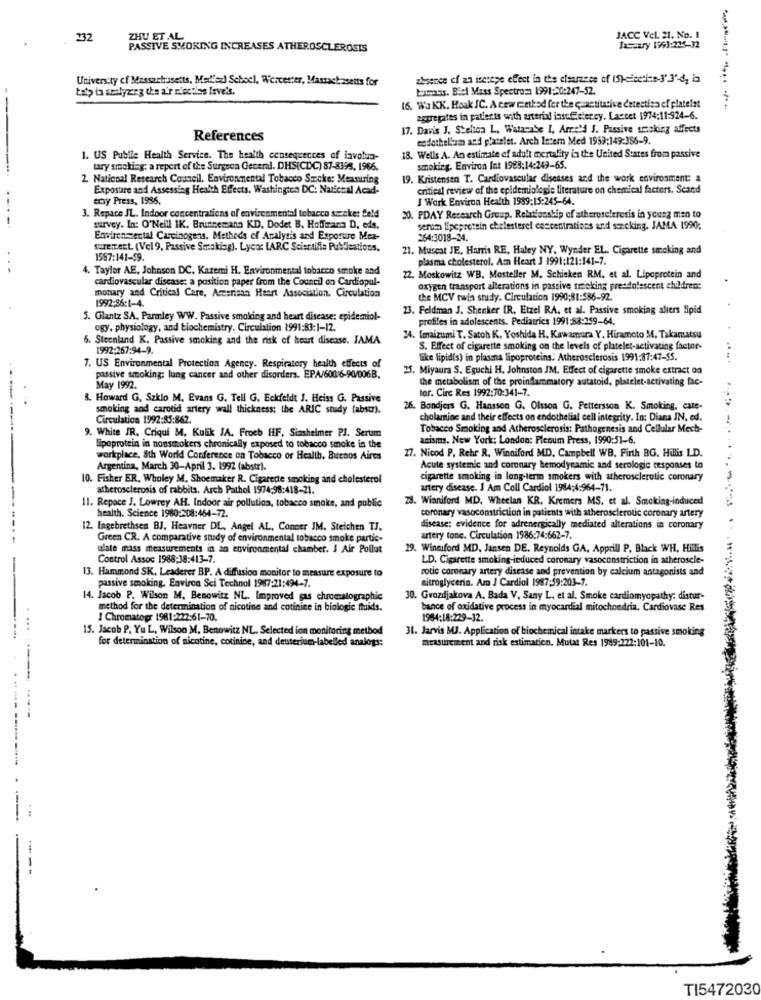
232
ZHU ET AL
JACC VeL 21. No. 1
PASSIVE SMOKING INCREASES ATHEROSCLEROSIS
Jascary 1993:225-32
University of Massactrasetts, Medisz] School, Worcester, Massachusetts for
absence of aa icctepe effect in the clearance of (S)-einei-a-3'3'-d, in
Łaty to analyzing the a'r niectlas leve's.
Laumans. Biel Mass Spectrom 1991:20:247-52.
16. Wa KK. Hoak IC. A cew method for the -setitative detectisa ef plateist
aggregates in patients with arterial insuffeiercy. Laccet 1974:11:924-6.
17. Davis J. Stelton L, Watanabe I, Arre'd J. Passive smoking affects
References
endothellam and platelet. Arch Intern Med 1939:149:386-9.
1. US Publie Health Service. The health consequences of lavolun-
18. Wells A. An estimate of adult mortality in the United States from passive
tary smoking; a repert of the Surgeon General. DHS(CDC) 87-8398, 1966.
smoking. Environ Int 1983:14:249-65.
2. National Research Council, Environmental Tobacco Smoke: Measuring
19. Kristensen T. Cardiovascular diseases and the work environment: a
Exposure and Assessing Health Effects. Washington DC: National Acad-
critical review of the epidemiologie literature on chemical factors. Scand
cray Press, 1936.
I Work Environ Health 1989:15:245-64.
3. Repace IL. Indoor concentrations of envircsmental tobacco sænket feld
20. PDAY Research Group. Relationship of atheroteleresis in young men to
survey. In: O'Neill IK. Brunnemann KD, Dodet B. Hoffmana D, eds.
serum lipeprotein chelesterel concentrations and srcking. JAMA 1990;
Environmental Carcinogens, Methods of Analysis and Exposure Mea-
264:3018-24
tirement. (Vel9, Passive Smoking). Lyco: LARC Scientific Publications.
21. Muscat JE, Harris RE, Haley NY, Wynder EL. Cigarette smoking and
1997:141-59.
plasma cholesterol. Am Heart 3 1991:121:141-7.
4. Taylor AE, Johnson DC. Kazemi H. Environmental tobacco smoke and
cardiovascular disease: a position paper from the Council on Cardiopul-
22. Moskowitz WB. Mosteller M. Schicken RM, et al. Lipoprotein and
oxygen transport alterations in passive tracking preadolescent children:
monary and Critical Care, American Heart Association. Circulation
1992:86:1-4.
the MCV twin study. Circulation 1990;81:586-92.
23. Feldman J. Shenker IR, Etzel RA, et al. Passive smoking alters lipid
5. Glantz SA. Parmley WW. Passive smoking and heart disease: epidemiol-
profiles in adolescents. Pediatrics 1991:88-259-64.
ogy. physiology, and biochemistry. Circulation 1991:83:1-12.
6. Steenland K. Passive smoking and the risk of heart disease. JAMA
34. Imaizumi T. Satoh K. Yoshida H. Kawamura Y. Hiramcto M, Takamatsu
1992:267:94-9.
S. Effect of cigarette smoking on the levels of platelet-activating factor-
like lipid(s) in plasma lipoproteins. Atherosclerosis 1991:37:47-55.
.. .. .
7. US Environmental Protection Agency. Respiratory health effects of
25. Miyaura S. Eguchi H. Johnston JM. Effect of cigarette smoke extract on
passive smoking: lung cancer and other disorders. EPA/6006-90/006B.
the metabolism of the proinflammatory autatoid, platelet-activating fac-
May 1992.
tor. Circ Res 1992:70:341-7.
R. Howard G. Szkio M. Evans G. Tell G. Eckfeldt J. Heiss G. Passive
smoking and carotid artery wall thickness; the ARIC study (absur).
26. Bondjers G. Hansson G. Olsson G. Pettersson K. Smoking, cate-
Circulation 1992:85:862.
cholamine and their effects on endothelial cell integrity. In: Diana JN, ed.
--------..
9. White JR. Criqui 34, Kulik JA. Froeh HF. Siashelmer PJ. Serum
Tobacco Smoking and Atherosclerosis: Pathogenesis and Cellular Mech-
anisms. New York: London: Plenum Press, 1990:51-6.
lipoprotein in nonsmokers chronically exposed to tobacco smoke in the
27. Nicod P, Rebr R. Winniford MD. Campbell WB. Firth BG. Hill's LD.
workplace. 8th World Conference on Tobacco or Health, Buenos Aires
Argentina, March 30-April 3. 1992 (abstr).
Acute systemic and coronary hemodynamic and serologie responses to
10. Fisher ER, Wholey M, Shoemaker R. Cigarette smoking and cholesterol
cigarette smoking in long-term smokers with atherosclerotic coronary
atherosclerosis of rabbits. Arch Pathol 1974;98:418-21.
artery disease. I Am Coll Cardiol 1984:4:964-71.
--
23. Winniford MD. Wheelan KR. Kremers MS. et al. Smoking-induced
II. Repace J. Lowrey AH. Indoor air pollution, tobacco smoke, and public
coronary vasoconstriction in patients with atherosclerotic coronary artery
health. Science 1980:208:464-72.
12. Ingebrethsen BJ. Heavner DL, Angel AL, Concer JM. Steichen TJ.
disease: evidence for adrenergically mediated alterations in coronary
Green CR. A comparative study of environmental tobacco smoke partic-
artery tone. Circulation 1986:74:662-7.
ulate mass measurements in an environmental chamber. J Air Pollut
29. Winniford MD, Jansen DE. Reynolds GA, Apprill P. Black WH, Hillis
Control Assoc 1988:38:413-7.
LD. Cigarette smoking-induced coronary vasoconstriction in atherosele-
13. Hammond SK, Leaderer BP. A diffusion monitor to measure exposure to
rotic coronary artery disease and prevention by calcium antagonists and
nitroglycerin. Am J Cardiol 1987:59:203-7.
passive smoking. Environ Sci Technol 1987:21:494-7.
14. Jacob P. Wilson M. Benowitz NL. Improved gas chromatographic
30. Gvozdjakova A. Bada V. Sany L. et al. Smoke cardiomyopathy: distur-
method for the determination of nicotine and cotinice in biologie fruids.
bance of oxidative process in myocardial mitochondria. Cardiovase Res
I Chromatopr 1981:222:61-70.
1984:18:229-32.
15. Jacob P. Yu L, Wilson M. Benowitz NL. Selected ion monitoring method
31. Jarvis MJ. Application of biochemical intake markers to passive smoking
for determination of nicotine, cotinine, and deuterium-labelled analogs:
measurement and risk estimation. Mutat Res 1989:222:101-10.
TI5472030